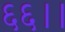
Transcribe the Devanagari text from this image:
६६।।